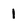
Character: 1